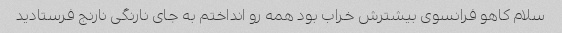
سلام کاهو فرانسوی بیشترش خراب بود همه رو انداختم به جای نارنگی نارنج فرستادید